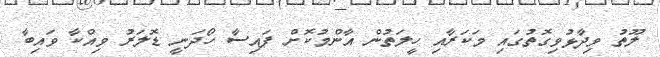
ލޫތު ވިދާޅުވިގޮތުގައި މަކަރާއި ހީލަތުން އާންމުކޮށް ފައިސާ ހޯދަނީ ޑޮލަރު ވިއްކާ ވައިބާ